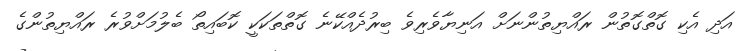
އަދި އެކި ގޮތްގޮތުން ރައްޔިތުންނަށް އަނިޔާވެރިވެ ބިރުދެއްކޭނެ ގޮތްތަކަކީ ކޮބައިތޯ ބެލުމަށްވުރެ ރައްޔިތުންގެ